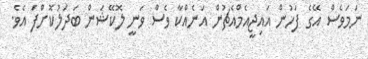
ނަމަވެސް އޭގެ ފަހުން އައިޖީއެމްއެޗުން އަނެއްކާ ވެސް ވަނީ ލޮކޭޝަން ބަދަލުކޮށްފަ އެވެ.